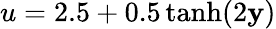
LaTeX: u=2.5+0.5\operatorname{tanh}(2\mathbf{y})